18_100754_ General 1946-7_Vol_2
Agency: Department of War
Incident date: 12/30/47
Page 18
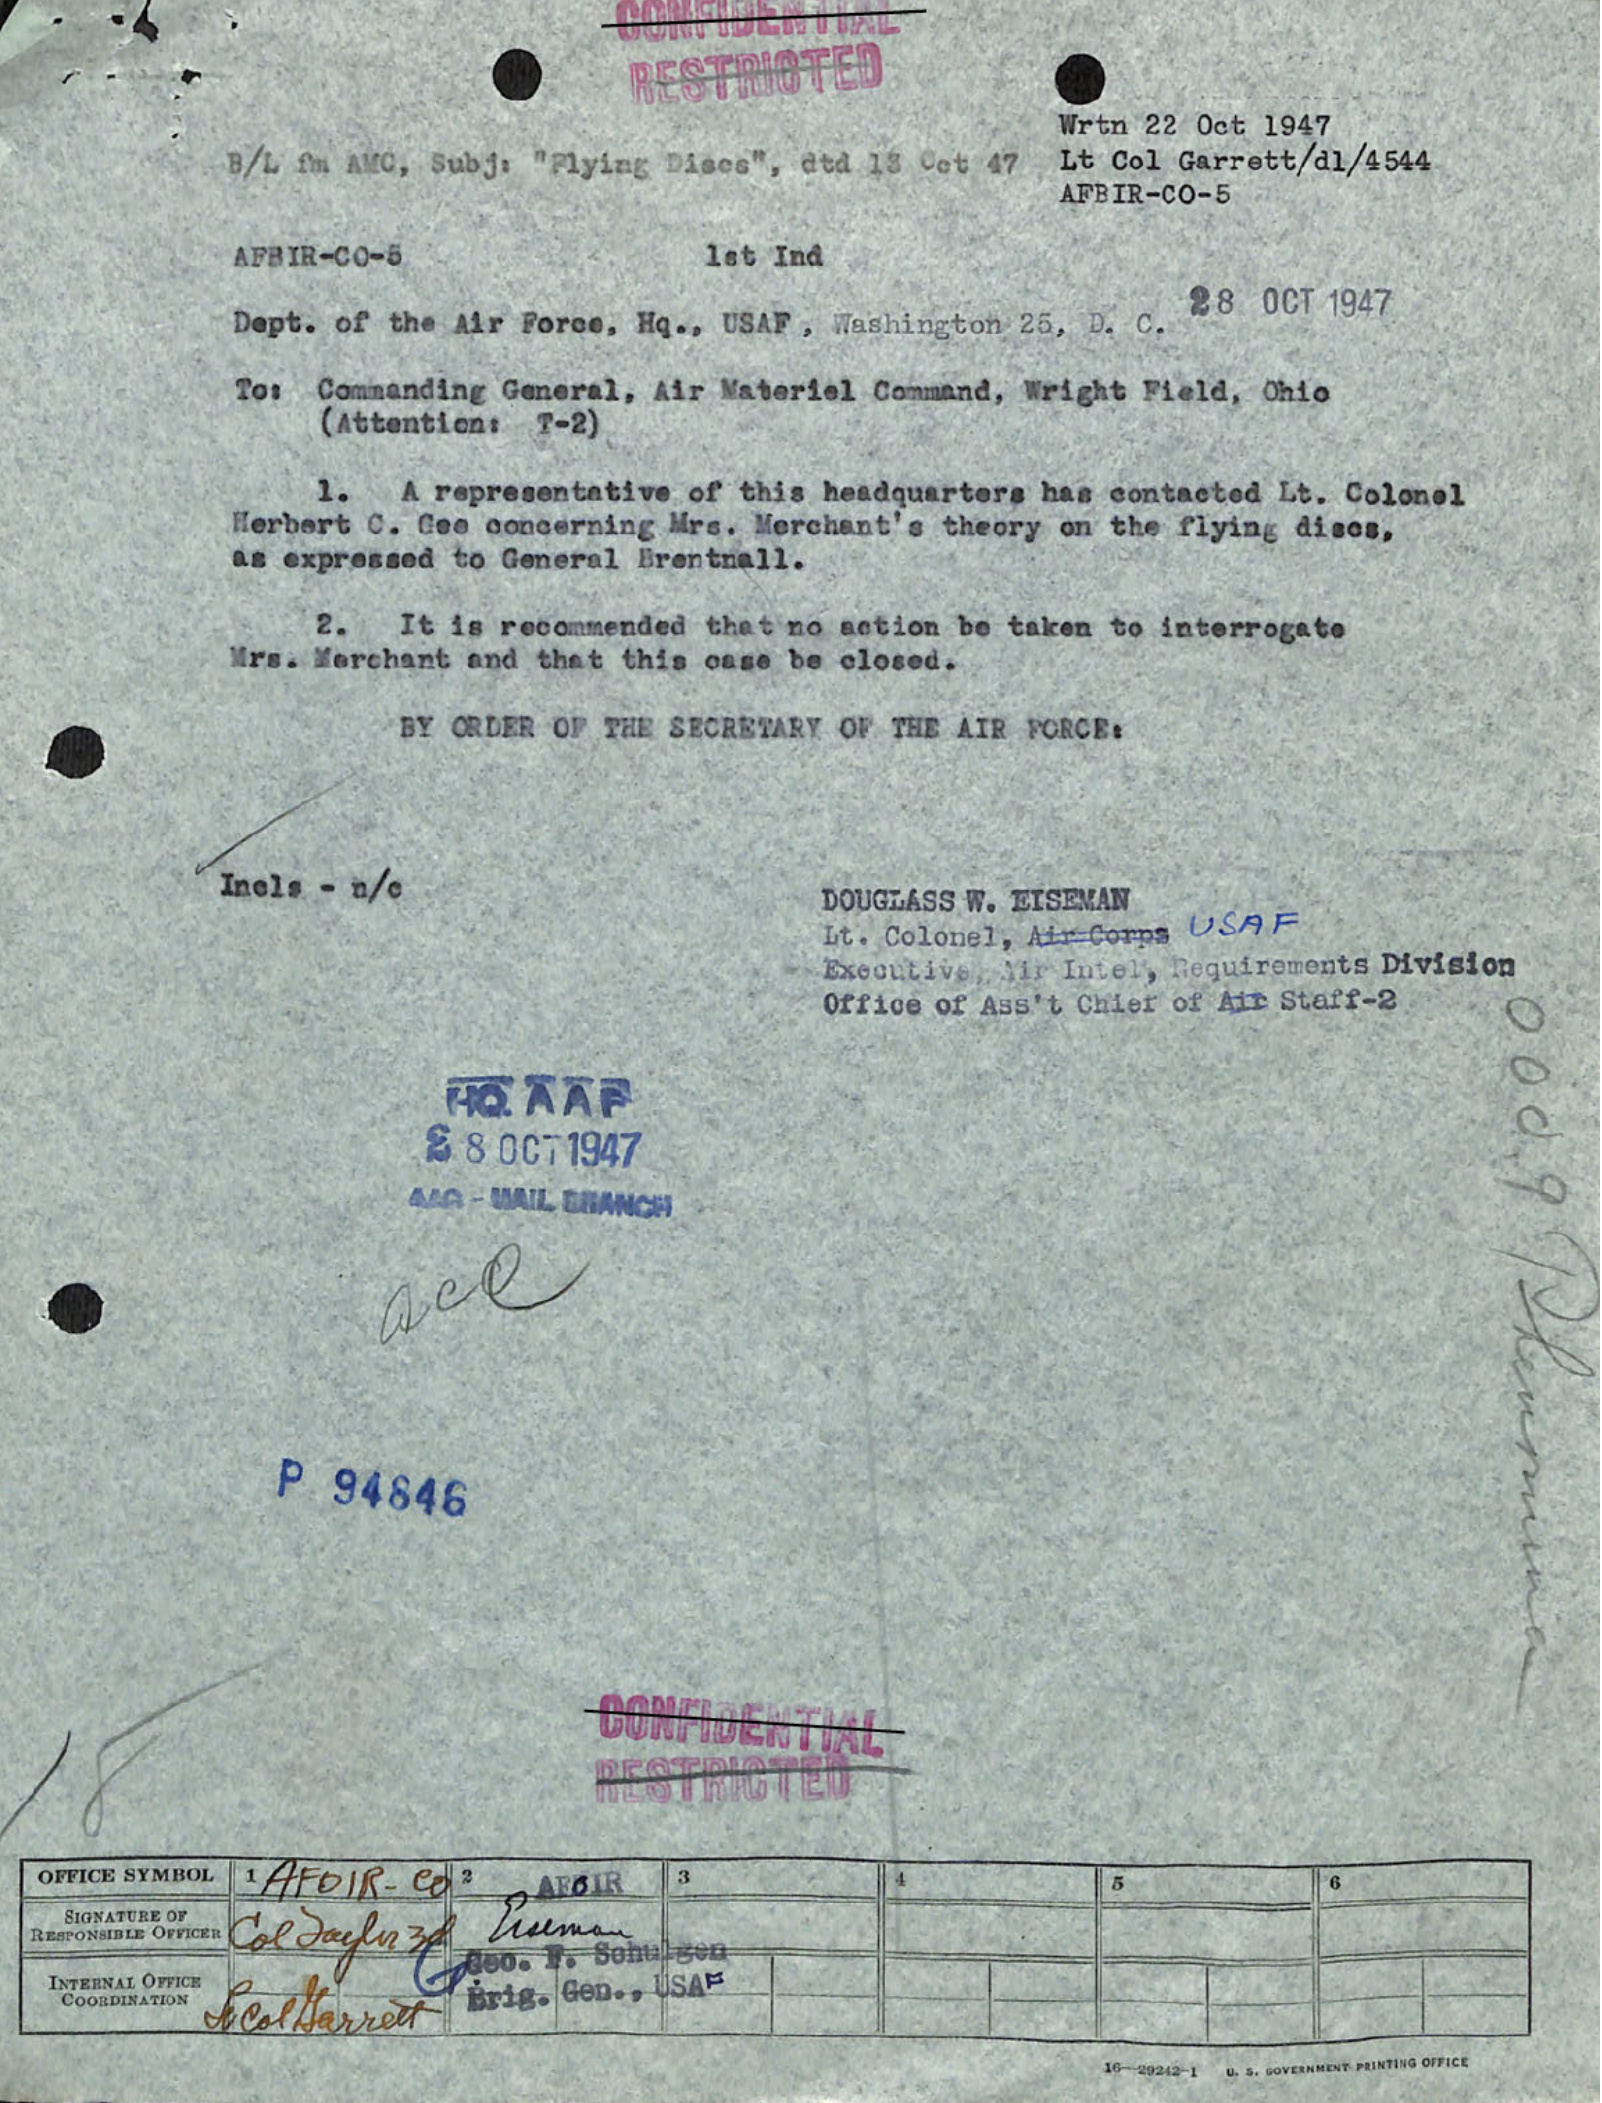